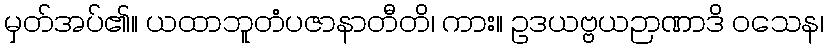
မှတ်အပ်၏။ ယထာဘူတံပဇာနာတီတိ၊ ကား။ ဥဒယဗ္ဗယဉာဏာဒိ ဝသေန၊